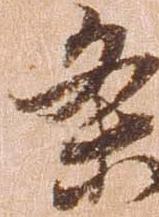
条